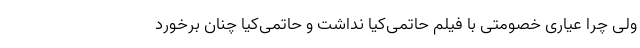
ولی چرا عیاری خصومتی با فیلم حاتمی‌کیا نداشت و حاتمی‌کیا چنان برخورد